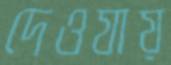
দেওযায়